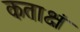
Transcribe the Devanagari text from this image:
कताक्षं